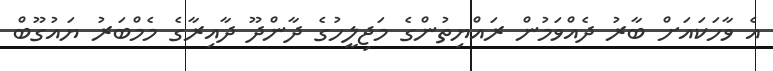
އެ ވާހަކައަށް ބާރު ދެއްވަމުން ރައްޔިތުންގެ މަޖިލީހުގެ ދާންދޫ ދާއިރާގެ މެމްބަރު ޔައުގޫބް